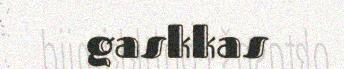
gaskkas